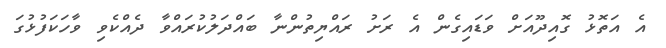
އެ އަތޮޅު ގޮއިދޫއަށް ވަޑައިގެން އެ ރަށު ރައްޔިތުންނާ ބައްދަލުކުރައްވާ ދެއްކެވި ވާހަކަފުޅުގަ